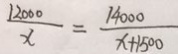
\frac { 1 2 0 0 0 } { x } = \frac { 1 4 0 0 0 } { x + 1 5 0 0 }